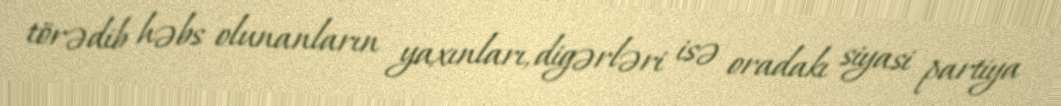
törədib həbs olunanların yaxınları, digərləri isə oradakı siyasi partiya